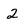
Character: 2